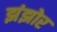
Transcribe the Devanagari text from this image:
झंझोर